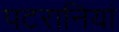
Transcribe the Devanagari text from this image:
पटरानियां